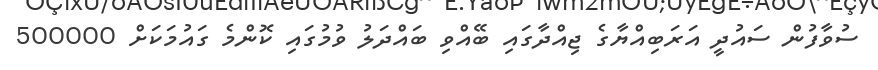
ސުވާފުން ސައުދީ އަރަބިއްޔާގެ ޖިއްދާގައި ބޭއްވި ބައްދަލު ވުމުގައި ކޮންމެ ގައުމަކަށް 500000